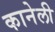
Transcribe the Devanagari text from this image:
कानेली